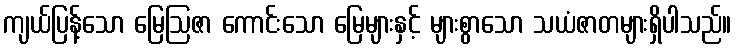
ကျယ်ပြန့်သော မြေဩဇာ ကောင်းသော မြေများနှင့် များစွာသော သယံဇာတများရှိပါသည်။